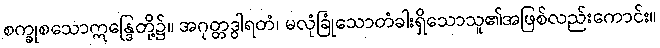
စက္ခုစသောဣန္ဒြေတို့၌။ အဂုတ္တဒွါရတံ၊ မလုံခြုံသောတံခါးရှိသောသူ၏အဖြစ်လည်းကောင်း။